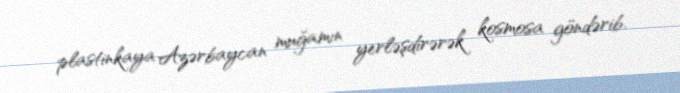
plastinkaya Azərbaycan muğamın yerləşdirərək kosmosa göndərib.